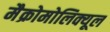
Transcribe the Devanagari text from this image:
मैक्रोमोलिक्यूल